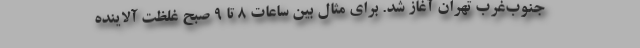
جنوب‌غرب تهران آغاز شد. برای مثال بین ساعات ۸ تا ۹ صبح غلظت آلاینده